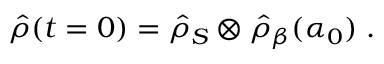
\hat { \rho } ( t = 0 ) = \hat { \rho } _ { S } \otimes \hat { \rho } _ { \beta } ( \alpha _ { 0 } ) \; .